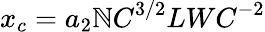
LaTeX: x_{c}=a_{2}{\mathbb{N}C}^{3/2}{LWC}^{-2}